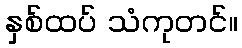
နှစ်ထပ် သံကုတင်။